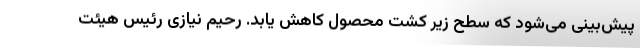
پیش‌بینی می‌شود که سطح زیر کشت محصول کاهش یابد. رحیم‌ نیازی رئیس هیئت